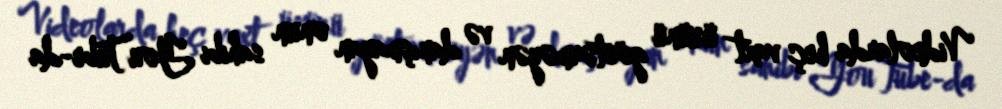
Videolarda heç vaxt üzünü göstərməyən və danışmayan onun sahibi YouTube-da